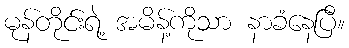
မုန်တိုင်းရဲ့ အမိန့်ကိုသာ နာခံနေပြီ။